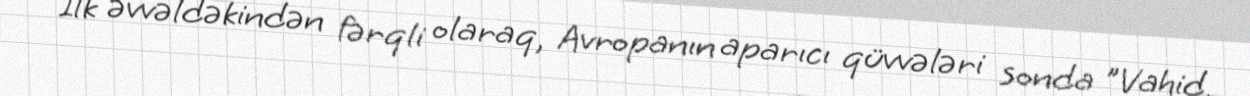
İlk əvvəldəkindən fərqli olaraq, Avropanın aparıcı qüvvələri sonda "Vahid,